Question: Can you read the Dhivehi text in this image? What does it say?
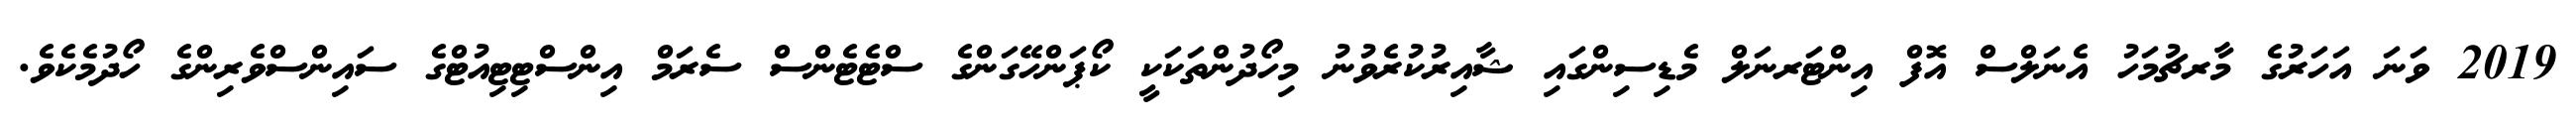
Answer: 2019 ވަނަ އަހަރުގެ މާރޗުމަހު އެނަލްސް އޮފް އިންޓަރނަލް މެޑިސިންގައި ޝާއިރުކުރެވުނު މިހޯދުންތަކަކީ ކޯޕަންހޭގަންގެ ސްޓެޓެންސް ސެރަމް އިންސްޓިޓިއުޓްގެ ސައިންސްވެރިންގެ ހޯދުމެކެވެ.